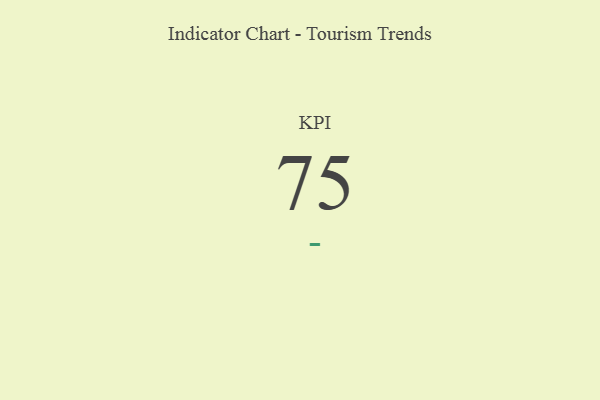
{"axis": {"x": "KPI", "y": "Value"}, "legend": [""], "data": [{"x": "KPI", "y": 75, "type": ""}]}